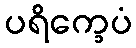
ပရိက္ခေပံ